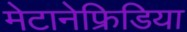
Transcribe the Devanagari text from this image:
मेटानेफ्रिडिया